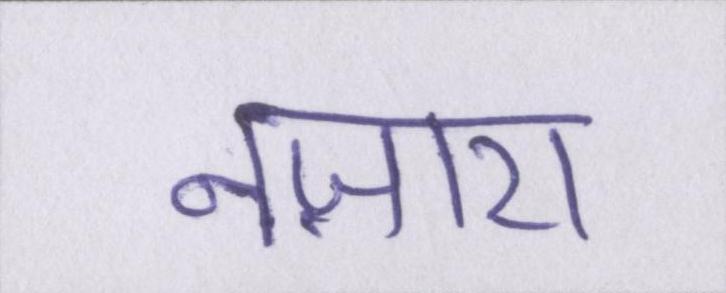
नज़ारा